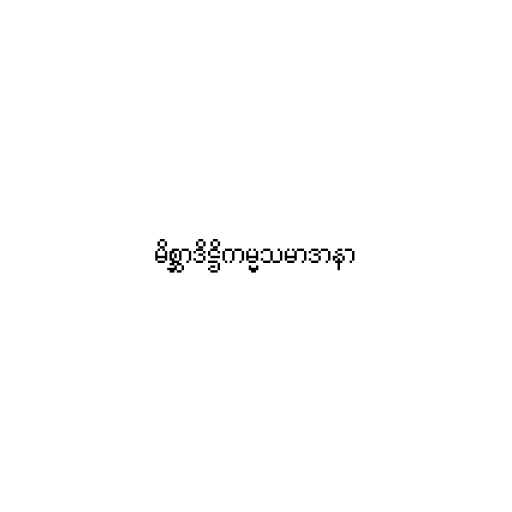
မိစ္ဆာဒိဋ္ဌိကမ္မသမာဒာနာ